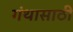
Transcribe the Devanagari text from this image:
गंथासाठी